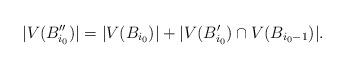
LaTeX: \begin{align*}|V(B''_{i_{0}})|=|V(B_{i_{0}})|+|V(B'_{i_{0}})\cap V(B_{i_{0}-1})|.\end{align*}